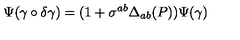
\Psi ( \gamma \circ \delta \gamma ) = ( 1 + \sigma ^ { a b } \Delta _ { a b } ( P ) ) \Psi ( \gamma )